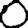
Digit: 0